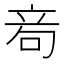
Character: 𥩮